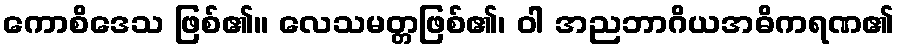
ကောစိဒေသ ဖြစ်၏။ လေသမတ္တဖြစ်၏၊ ဝါ အညဘာဂိယအဓိကရဏ၏